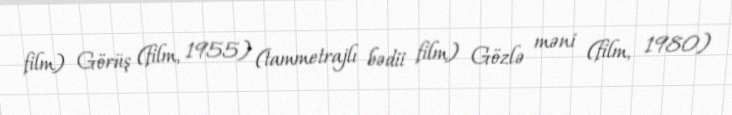
film) Görüş (film, 1955) (tammetrajlı bədii film) Gözlə məni (film, 1980)